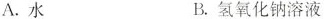
A. 水 B. 氢氧化钠溶液